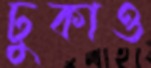
ঢুকাও